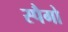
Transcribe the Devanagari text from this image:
स्पैगो